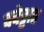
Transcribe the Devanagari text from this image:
क्वेट्टात